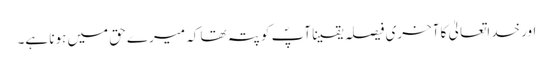
اور خداتعالیٰ کا آخری فیصلہ یقینا آپؐ کو پتہ تھا کہ میرے حق میں ہونا ہے۔